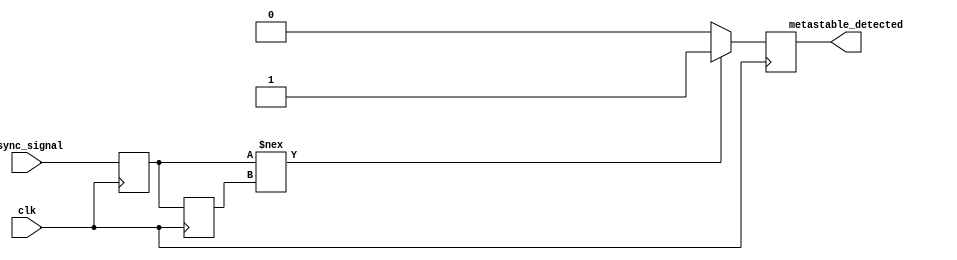
module metastability_detector (
    input wire async_signal,    // Asynchronous input signal
    input wire clk,             // Clock signal
    output reg metastable_detected // Metastability indicator output
);

// Internal signals for the flip-flops
reg ff1_out, ff2_out;

// First edge-triggered D flip-flop
always @(posedge clk) begin
    ff1_out <= async_signal; // Sample the asynchronous signal
end

// Second edge-triggered D flip-flop
always @(posedge clk) begin
    ff2_out <= ff1_out; // Sample the output of the first flip-flop
end

// Metastability detection logic
always @(posedge clk) begin
    // Check if the two flip-flops are in different states
    if (ff1_out !== ff2_out) begin
        metastable_detected <= 1'b1; // Metastable condition detected
    end else begin
        metastable_detected <= 1'b0; // No metastability detected
    end
end

endmodule